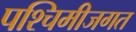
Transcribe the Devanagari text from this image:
पश्चिमीजगत